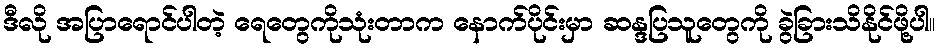
ဒီလို အပြာရောင်ပါတဲ့ ရေတွေကိုသုံးတာက နောက်ပိုင်းမှာ ဆန္ဒပြသူတွေကို ခွဲခြားသိနိုင်ဖို့ပါ။